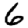
Digit: 6